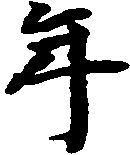
年